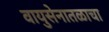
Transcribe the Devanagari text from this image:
वायुसेनातळाचा